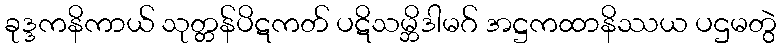
ခုဒ္ဒကနိကာယ် သုတ္တန်ပိဋကတ် ပဋိသမ္ဘိဒါမဂ် အဋ္ဌကထာနိဿယ ပဌမတွဲ